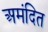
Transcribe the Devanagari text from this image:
अमंदित